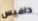
دافيس